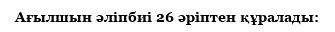
Ағылшын әліпбиі 26 әріптен құралады: